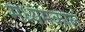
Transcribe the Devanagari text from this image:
मध्यमकाल